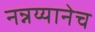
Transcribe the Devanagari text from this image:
नन्नय्यानेच